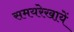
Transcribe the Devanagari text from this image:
समयरेखायें